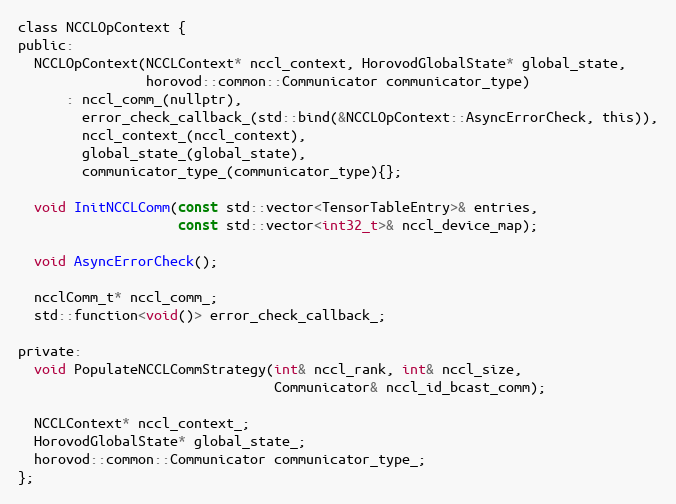
Language: C
class NCCLOpContext {
public:
  NCCLOpContext(NCCLContext* nccl_context, HorovodGlobalState* global_state,
                horovod::common::Communicator communicator_type)
      : nccl_comm_(nullptr),
        error_check_callback_(std::bind(&NCCLOpContext::AsyncErrorCheck, this)),
        nccl_context_(nccl_context),
        global_state_(global_state),
        communicator_type_(communicator_type){};

  void InitNCCLComm(const std::vector<TensorTableEntry>& entries,
                    const std::vector<int32_t>& nccl_device_map);

  void AsyncErrorCheck();

  ncclComm_t* nccl_comm_;
  std::function<void()> error_check_callback_;

private:
  void PopulateNCCLCommStrategy(int& nccl_rank, int& nccl_size,
                                Communicator& nccl_id_bcast_comm);

  NCCLContext* nccl_context_;
  HorovodGlobalState* global_state_;
  horovod::common::Communicator communicator_type_;
};